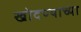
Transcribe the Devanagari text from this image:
खोदण्याच्या